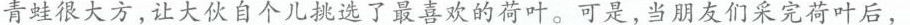
青蛙很大方，让大伙自个儿挑选了最喜欢的荷叶。可是，当朋友们采完荷叶后，